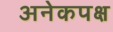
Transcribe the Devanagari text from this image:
अनेकपक्ष